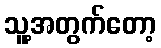
သူ့အတွက်တော့